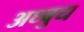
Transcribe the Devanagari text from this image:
अध्बुध